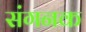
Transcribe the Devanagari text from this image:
संगनक